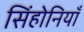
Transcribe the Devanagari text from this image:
सिंहोनियाँ